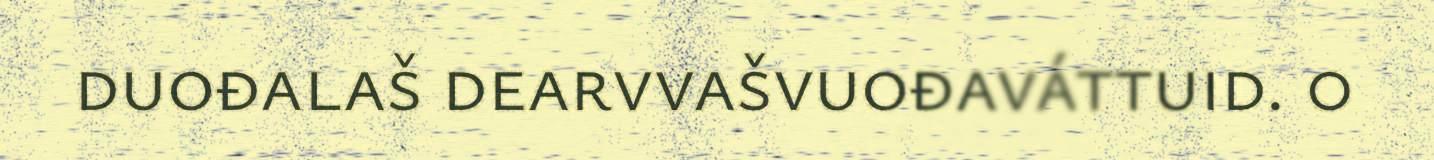
duođalaš dearvvašvuođaváttuid. 0